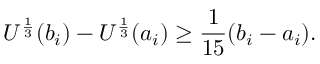
U ^ { \frac { 1 } { 3 } } ( b _ { i } ) - U ^ { \frac { 1 } { 3 } } ( a _ { i } ) \geq \frac { 1 } { 1 5 } ( b _ { i } - a _ { i } ) .